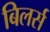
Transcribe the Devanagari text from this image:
बिलर्स